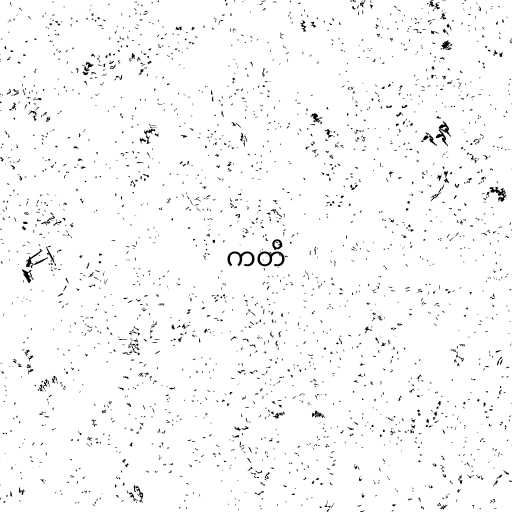
ကတိ